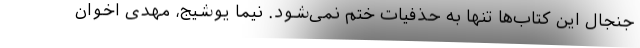
جنجال این کتاب‌ها تنها به حذفیات ختم نمی‌شود. نیما یوشیج، مهدی اخوان